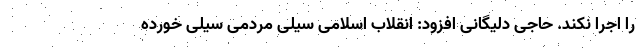
را اجرا نکند. حاجی دلیگانی افزود: انقلاب اسلامی سیلی مردمی سیلی خورده